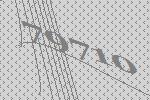
79710